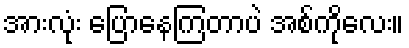
အားလုံး ပြောနေကြတာပဲ အစ်ကိုလေး။